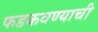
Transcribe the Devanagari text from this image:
फडकवण्याची